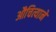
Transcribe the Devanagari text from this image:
औचित्याने